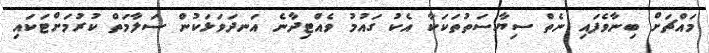
މައްޗަށް ބިނާވެފައި ނެތް ސިޔާސަތުތަކަކާ އެކު ގައުމު ވެއްޓިދާނެ އަނދަވަޅަކުން ސަލާމަތް ކުރުމަށްޓަކައި